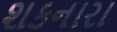
શકનારા